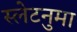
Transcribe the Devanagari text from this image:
स्लेटनुमा